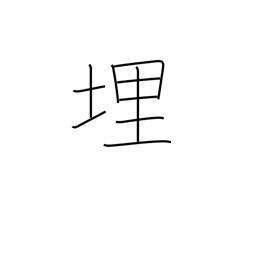
Meaning: embedded